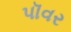
પૉવર